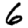
Digit: 6